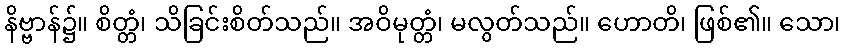
နိဗ္ဗာန်၌။ စိတ္တံ၊ သိခြင်းစိတ်သည်။ အဝိမုတ္တံ၊ မလွတ်သည်။ ဟောတိ၊ ဖြစ်၏။ သော၊